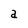
Character: a